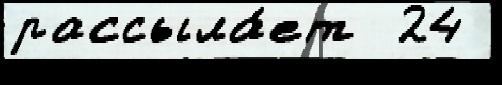
рассыла́ет  24